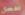
تفعل